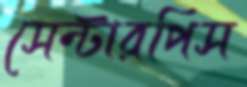
সেন্টারপিস